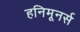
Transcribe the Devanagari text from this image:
हनिमूनर्स